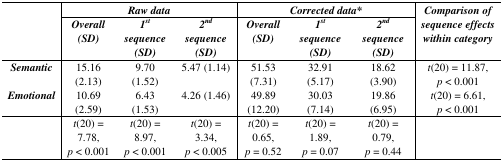
<table><thead><tr><td rowspan="2"></td><td colspan="3"><b><i>Raw data</i></b></td><td colspan="3"><b><i>Corrected data*</i></b></td><td rowspan="2"><b>Comparison of sequence effects within category</b></td></tr><tr><td><b><i>Overall (SD)</i></b></td><td><b><i>1<sup>st</sup> sequence (SD)</i></b></td><td><b><i>2<sup>nd</sup> sequence (SD)</i></b></td><td><b><i>Overall (SD)</i></b></td><td><b><i>1<sup>st</sup> sequence (SD)</i></b></td><td><b><i>2<sup>nd</sup> sequence (SD)</i></b></td></tr></thead><tbody><tr><td><b><i>Semantic</i></b></td><td>15.16 (2.13)</td><td>9.70 (1.52)</td><td>5.47 (1.14)</td><td>51.53 (7.31)</td><td>32.91 (5.17)</td><td>18.62 (3.90)</td><td><i>t</i>(20) = 11.87, <i>p</i> &lt; 0.001</td></tr><tr><td><b><i>Emotional</i></b></td><td>10.69 (2.59)</td><td>6.43 (1.53)</td><td>4.26 (1.46)</td><td>49.89 (12.20)</td><td>30.03 (7.14)</td><td>19.86 (6.95)</td><td><i>t</i>(20) = 6.61, <i>p</i> &lt; 0.001</td></tr><tr><td></td><td><i>t</i>(20) = 7.78, <i>p</i> &lt; 0.001</td><td><i>t</i>(20) = 8.97, <i>p</i> &lt; 0.001</td><td><i>t</i>(20) = 3.34, <i>p</i> &lt; 0.005</td><td><i>t</i>(20) = 0.65, <i>p</i> = 0.52</td><td><i>t</i>(20) = 1.89, <i>p</i> = 0.07</td><td><i>t</i>(20) = 0.79, <i>p</i> = 0.44</td><td></td></tr></tbody></table>